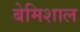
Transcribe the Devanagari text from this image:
बेमिशाल